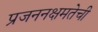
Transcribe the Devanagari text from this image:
प्रजननक्षमतेची